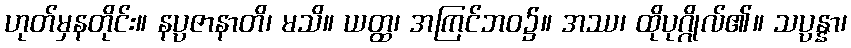
ဟုတ်မှနတိုင်း။ နပ္ပဇာနာတိ၊ မသိ။ ယတ္ထ၊ အကြင်ဘဝ၌။ အဿ၊ ထိုပုဂ္ဂိုလ်၏။ သပ္ပန္နာ၊